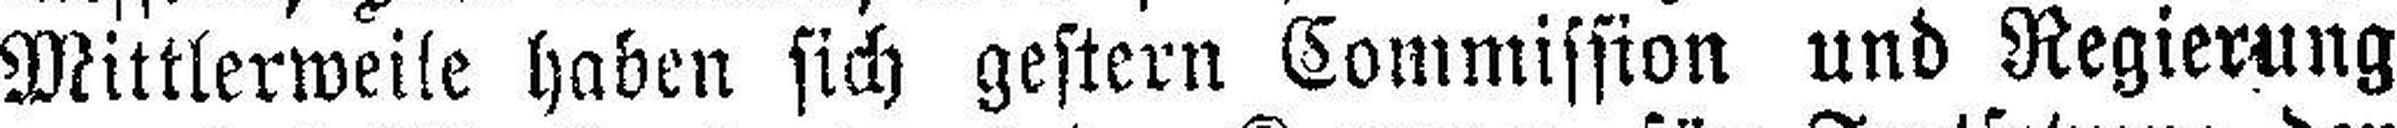
Mittlerweile haben sich gestern Commission und Regierung